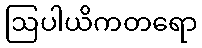
ဩပါယိကတရော